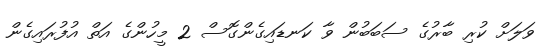
ވަލަށް ކުރި ބާރުގެ ސަބަބުން ވާ ކަނޑައިގެންގޮސް 2 މީހުންގެ އަތް އުފުރައިގެން